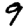
Digit: 9